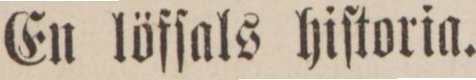
En löfſals hiſtoria.